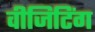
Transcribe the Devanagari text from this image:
वीजिटिंग